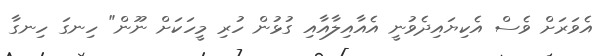
އެވަރަށް ވެސް އެކިޔައިދެވުނީ އެއާއިލާއާއި ގުޅުން ހުރި މީހަކަށް ނޫން" ހިނގަ ހިނގާ